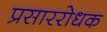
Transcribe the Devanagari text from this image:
प्रसाररोधक